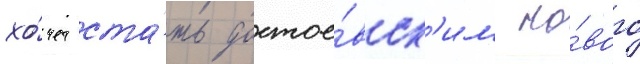
хо́чет ста́ть достое́вск'им но́вого